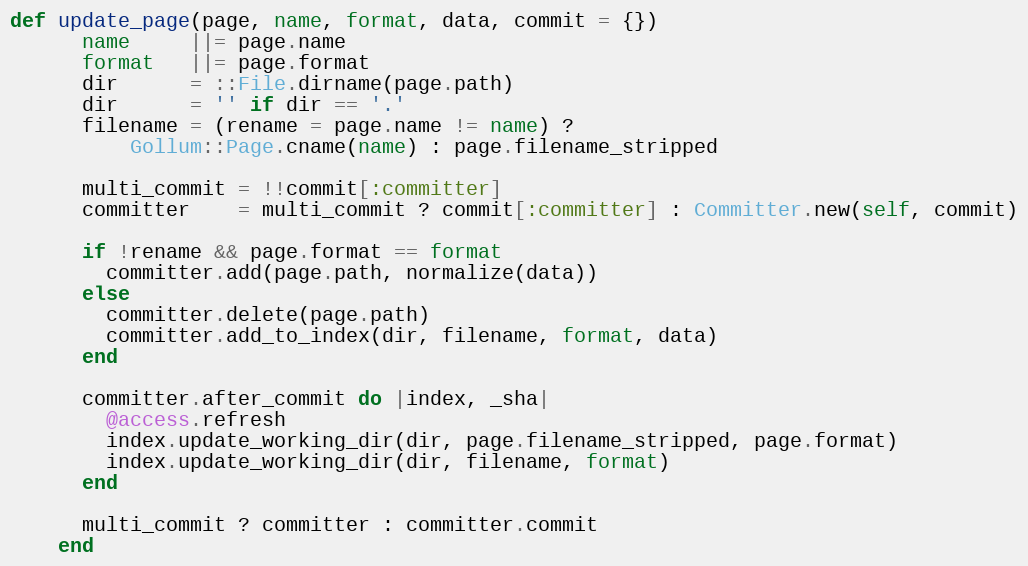
Language: Ruby
def update_page(page, name, format, data, commit = {})
      name     ||= page.name
      format   ||= page.format
      dir      = ::File.dirname(page.path)
      dir      = '' if dir == '.'
      filename = (rename = page.name != name) ?
          Gollum::Page.cname(name) : page.filename_stripped

      multi_commit = !!commit[:committer]
      committer    = multi_commit ? commit[:committer] : Committer.new(self, commit)

      if !rename && page.format == format
        committer.add(page.path, normalize(data))
      else
        committer.delete(page.path)
        committer.add_to_index(dir, filename, format, data)
      end

      committer.after_commit do |index, _sha|
        @access.refresh
        index.update_working_dir(dir, page.filename_stripped, page.format)
        index.update_working_dir(dir, filename, format)
      end

      multi_commit ? committer : committer.commit
    end